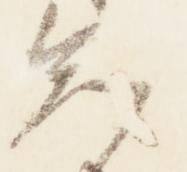
知